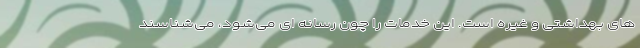
های بهداشتی و غیره است. این خدمات را چون رسانه ای می‌شود، می‌شناسند